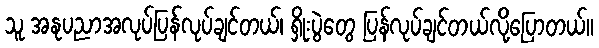
သူ အနုပညာအလုပ်ပြန်လုပ်ချင်တယ်၊ ရှိုးပွဲတွေ ပြန်လုပ်ချင်တယ်လို့ပြောတယ်။